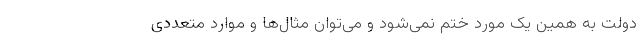
دولت به همین یک مورد ختم نمی‌شود و می‌توان مثال‌ها و موارد متعددی